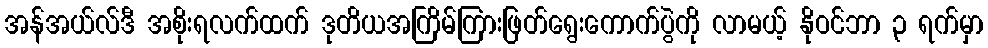
အန်အယ်လ်ဒီ အစိုးရလက်ထက် ဒုတိယအကြိမ်ကြားဖြတ်ရွေးကောက်ပွဲကို လာမယ့် နိုဝင်ဘာ ၃ ရက်မှာ